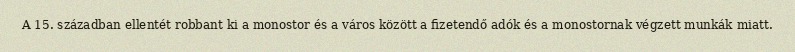
A 15. században ellentét robbant ki a monostor és a város között a fizetendő adók és a monostornak végzett munkák miatt.